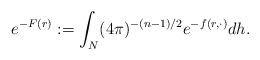
LaTeX: \begin{align*} e^{-F(r)} := \int_N (4\pi)^{-(n-1)/2} e^{-f(r,\cdot)} dh. \end{align*}